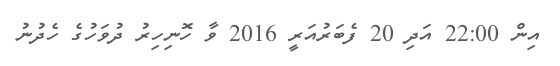
އިން 22:00 އަދި 20 ފެބަރުއަރީ 2016 ވާ ހޮނިހިރު ދުވަހުގެ ހެދުނު